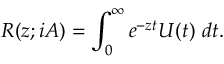
R ( z ; i A ) = \int _ { 0 } ^ { \infty } e ^ { - z t } U ( t ) ~ d t .